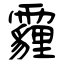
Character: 霾